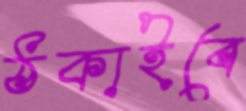
ঠকাইবে